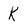
Character: K